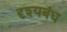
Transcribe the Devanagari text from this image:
दृश्यबंध